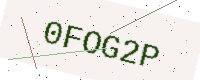
Text: 0FOG2P